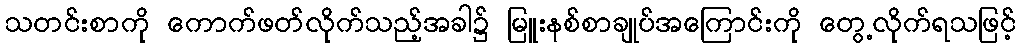
သတင်းစာကို ကောက်ဖတ်လိုက်သည့်အခါ၌ မြူးနစ်စာချုပ်အကြောင်းကို တွေ့လိုက်ရသဖြင့်